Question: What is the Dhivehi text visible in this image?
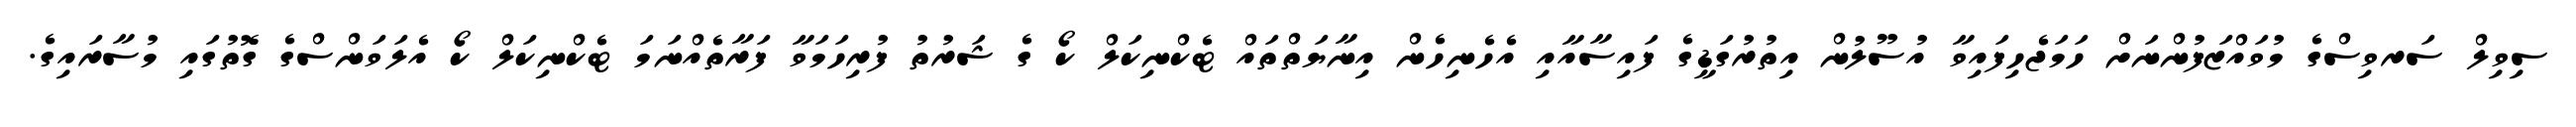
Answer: ސިވިލް ސަރވިސްގެ މުވައްޒަފުންނަށް ހަމަޖެހިފައިވާ އުސޫލުން އިތުރުގަޑީގެ ފައިސާއާއި އެހެނިހެން އިނާޔަތްތައް ޓެކްނިކަލް ކޯ ގެ ޝަރުތު ފުރިހަމަވާ ފަރާތެއްނަމަ ޓެކްނިކަލް ކޯ އެލަވަންސްގެ ގޮތުގައި މުސާރައިގެ.